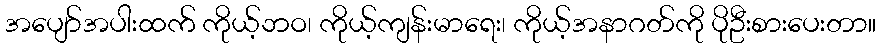
အပျော်အပါးထက် ကိုယ့်ဘဝ၊ ကိုယ့်ကျန်းမာရေး၊ ကိုယ့်အနာဂတ်ကို ပိုဦးစားပေးတာ။